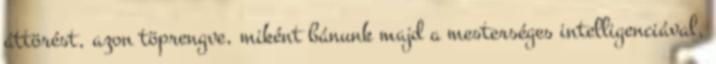
áttörést, azon töprengve, miként bánunk majd a mesterséges intelligenciával,